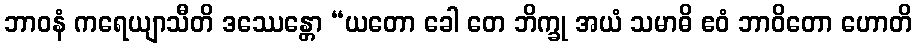
ဘာဝနံ ကရေယျာသီတိ ဒဿေန္တော “ယတော ခေါ တေ ဘိက္ခု အယံ သမာဓိ ဧဝံ ဘာဝိတော ဟောတိ